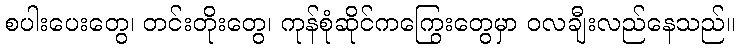
စပါးပေးတွေ၊ တင်းတိုးတွေ၊ ကုန်စုံဆိုင်ကကြွေးတွေမှာ ဝလချီးလည်နေသည်။